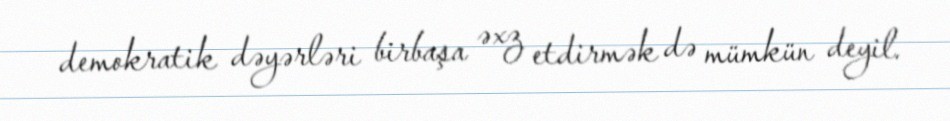
demokratik dəyərləri birbaşa əxz etdirmək də mümkün deyil.